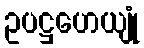
ဥပဋ္ဌဟေယျုံ